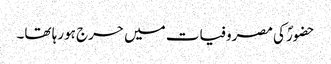
حضورؐ کی مصروفیات میں حرج ہورہا تھا۔